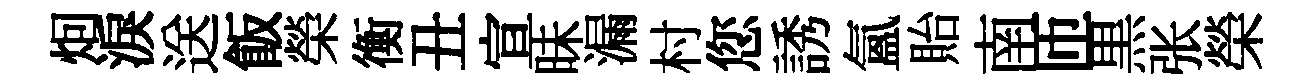
𤇆淚送飯榮衡丑宣昧漏村您誘氲貽南匝黒张榮